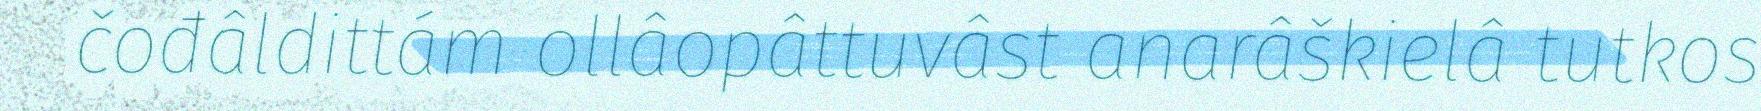
čođâldittám ollâopâttuvâst anarâškielâ tutkos